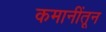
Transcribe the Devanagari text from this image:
कमानींतून